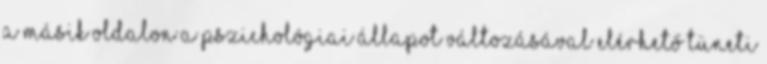
a másik oldalon a pszichológiai állapot változásával elérhető tüneti